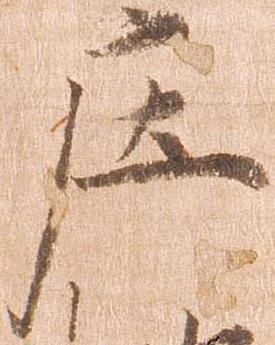
庄